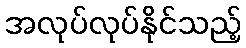
အလုပ်လုပ်နိုင်သည့်